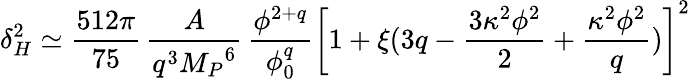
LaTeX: \delta_{H}^{2}\simeq\frac{512\pi}{75}\, \frac{A}{q^{3}{M_{P}}^{6}}\, \frac{\phi^{2+q}}{\phi_{0}^{q}}\left[1+\xi(3q-\frac{3\kappa^{2}\phi^{2}}{2}+\frac{\kappa^{2}\phi^{2}}{q})\right]^{2}